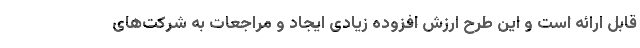
قابل ارائه است و این طرح ارزش افزوده زیادی ایجاد و مراجعات به شرکت‌های